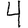
Digit: 4